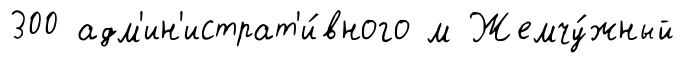
300 адм'ин'истрат'и́вного м Жемчу́жный